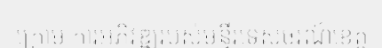
ក្រោម ការអភិវឌ្ឍរបស់មន្ទីរទេសចរណ៍ខេត្ត